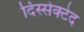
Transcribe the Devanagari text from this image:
दिस्सेक्टेद